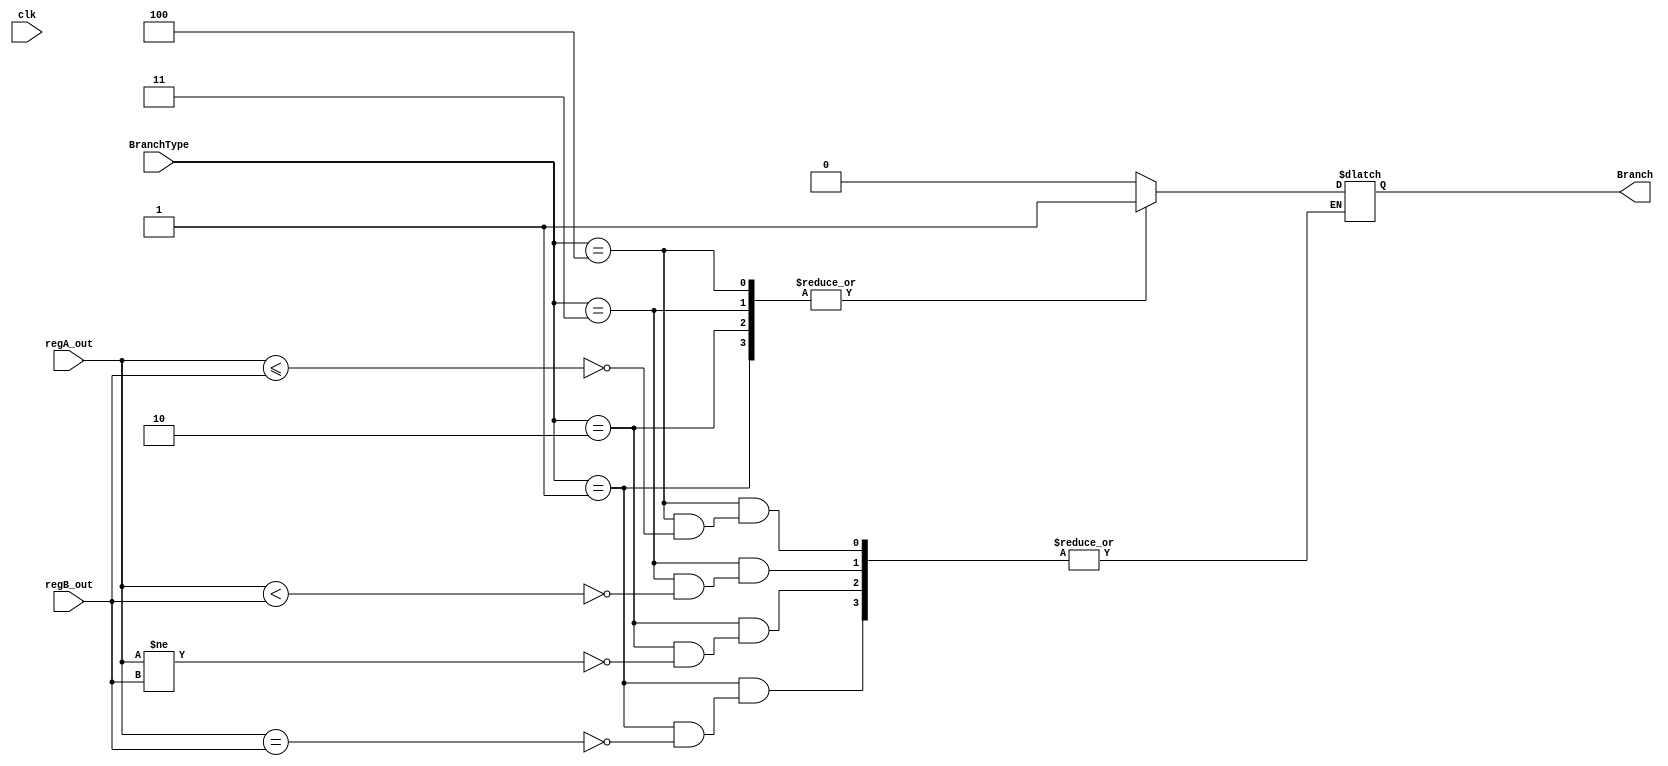
`timescale 1ns / 1ps
//////////////////////////////////////////////////////////////////////////////////
// Company: 
// Engineer: 
// 
// Design Name: 
// Module Name:    BranchControl 
// Project Name: 
// Target Devices: 
// Tool versions: 
// Description: 
//
// Dependencies: 
//
// Revision: 
// Revision 0.01 - File Created
// Additional Comments: 
//
//////////////////////////////////////////////////////////////////////////////////
module BranchControl(Branch, regA_out, regB_out, BranchType, clk);

	parameter	word_size = 32;		// word_size default value = 32	

	input			clk;
	input			[2:0] BranchType;
	input			[word_size-1:0] regA_out, regB_out;
	// output reg [1:0] PC_source;
	output reg Branch;
	
	/*
	always @ (posedge clk) begin
		if (BranchType == 2'b01) begin
			if (regA_out == regB_out) begin
				PC_source = 2'b11;
			end
		end
		else if (BranchType == 2'b10) begin
			if (regA_out != regB_out) begin
				PC_source = 2'b11;
			end
		end
		else if (BranchType == 2'b11) begin
			if (regA_out <= regB_out) begin
				PC_source = 2'b11;
			end
		end
		else begin 
			PC_source = PCSource;
		end
	end
	*/
	
	always @ (BranchType) begin
		case(BranchType)
			3'b001: if (regA_out == regB_out) Branch = 1; // 1 = BEQ
			3'b010: if (regA_out != regB_out) Branch = 1; // 2 = BNE
			3'b011: if (regA_out < regB_out) Branch = 1;	// 3 = BLT
			3'b100: if (regA_out <= regB_out) Branch = 1; // 4 = BLE
			default: Branch = 0;
		endcase
	end
	
endmodule